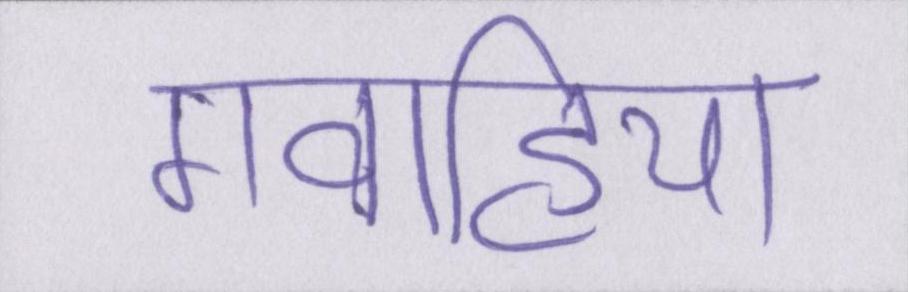
गवाहियां